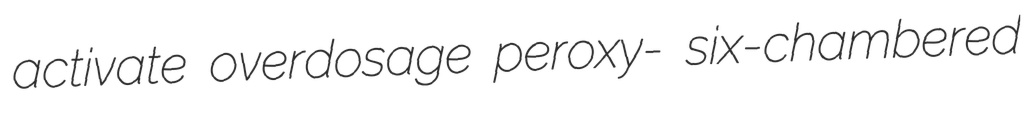
activate overdosage peroxy- six-chambered